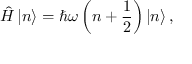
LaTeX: { \hat { H } } \left| n \right\rangle = \hbar \omega \left( n + { \frac { 1 } { 2 } } \right) \left| n \right\rangle ,